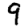
Digit: 9